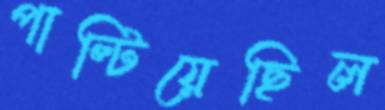
পাল্টিয়েছিল